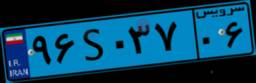
۹۶S۰۳۷۰۶